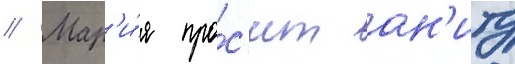
// Мар'и́я про́с'ит ан'иту